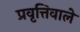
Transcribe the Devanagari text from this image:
प्रवृत्तिवाले